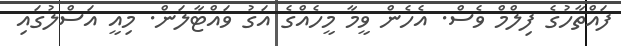
ފައްތާހުގެ ފިލްމް ވެސް. އެހެން ވީމާ މީހެއްގެ އަގު ވައްޓާލަން. މިއީ އަސްލުގައި